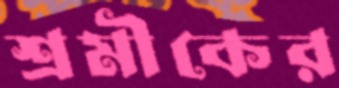
শ্রমীকের